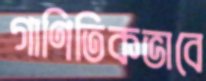
গাণিতিকভাবে